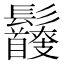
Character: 𩰇